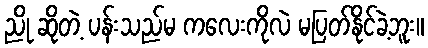
ညို ဆိုတဲ့ ပန်းသည်မ ကလေးကိုလဲ မပြတ်နိုင်ခဲ့ဘူး။